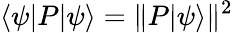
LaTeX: \langle\psi|P|\psi\rangle=\Vert P|\psi\rangle\Vert^{2}